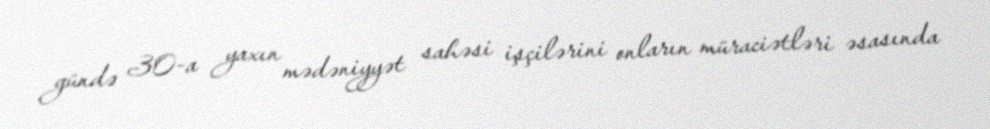
gündə 30-a yaxın mədəniyyət sahəsi işçilərini onların müraciətləri əsasında